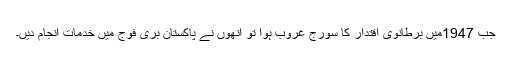
جب 1947میں برطانوی اقتدار کا سورج غروب ہوا تو انھوں نے پاکستان بری فوج میں خدمات انجام دیں۔